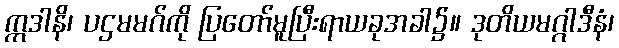
ဣဒါနိ၊ ပဌမမဂ်ကို ပြတော်မူပြီးရာယခုအခါ၌။ ဒုတိယမဂ္ဂါဒီနံ၊